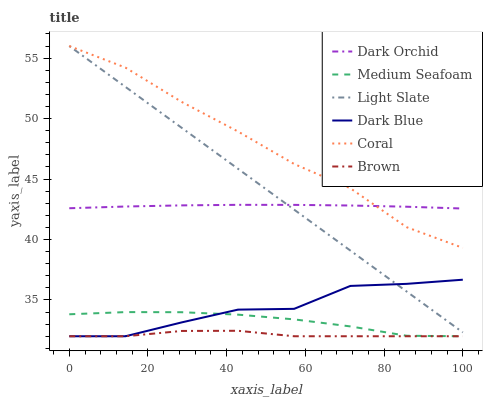
| xaxis_label | Dark Orchid | Medium Seafoam | Light Slate | Dark Blue | Coral | Brown |
 | --- | --- | --- | --- | --- | --- | --- |
 | 0 | 42.6 | 33.8 | 56 | 32 | 56 | 32 |
 | 14.3 | 42.7 | 34 | 52.6 | 32 | 54.2 | 32 |
 | 28.6 | 42.8 | 34 | 49.2 | 33.1 | 51.4 | 32.4 |
 | 42.9 | 42.9 | 33.8 | 45.9 | 34.2 | 48.9 | 32.5 |
 | 57.1 | 42.9 | 33.4 | 42.5 | 34.3 | 46.2 | 32 |
 | 71.4 | 42.8 | 32.8 | 39.1 | 36.2 | 44.2 | 32 |
 | 85.7 | 42.7 | 32 | 35.7 | 36.3 | 41 | 32 |
 | 100 | 42.6 | 32 | 32.3 | 36.7 | 39.3 | 32 |